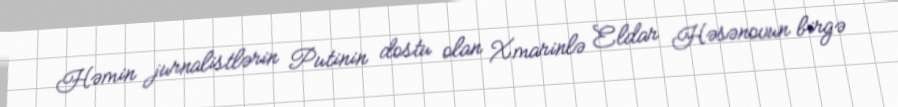
Həmin jurnalistlərin Putinin dostu olan Xmarinlə Eldar Həsənovun birgə